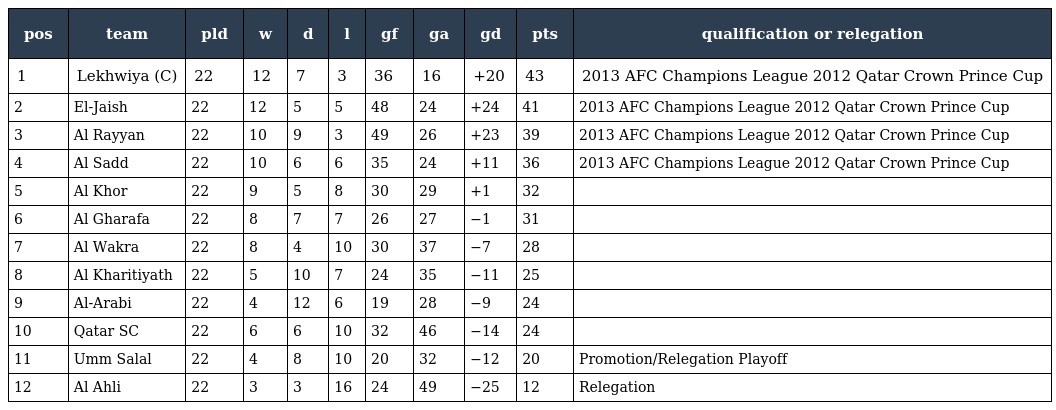
| pos | team | pld | w | d | l | gf | ga | gd | pts | qualification or relegation |
 | --- | --- | --- | --- | --- | --- | --- | --- | --- | --- | --- |
 | 1 | Lekhwiya (C) | 22 | 12 | 7 | 3 | 36 | 16 | +20 | 43 | 2013 AFC Champions League 2012 Qatar Crown Prince Cup |
 | 2 | El-Jaish | 22 | 12 | 5 | 5 | 48 | 24 | +24 | 41 | 2013 AFC Champions League 2012 Qatar Crown Prince Cup |
 | 3 | Al Rayyan | 22 | 10 | 9 | 3 | 49 | 26 | +23 | 39 | 2013 AFC Champions League 2012 Qatar Crown Prince Cup |
 | 4 | Al Sadd | 22 | 10 | 6 | 6 | 35 | 24 | +11 | 36 | 2013 AFC Champions League 2012 Qatar Crown Prince Cup |
 | 5 | Al Khor | 22 | 9 | 5 | 8 | 30 | 29 | +1 | 32 |  |
 | 6 | Al Gharafa | 22 | 8 | 7 | 7 | 26 | 27 | −1 | 31 |  |
 | 7 | Al Wakra | 22 | 8 | 4 | 10 | 30 | 37 | −7 | 28 |  |
 | 8 | Al Kharitiyath | 22 | 5 | 10 | 7 | 24 | 35 | −11 | 25 |  |
 | 9 | Al-Arabi | 22 | 4 | 12 | 6 | 19 | 28 | −9 | 24 |  |
 | 10 | Qatar SC | 22 | 6 | 6 | 10 | 32 | 46 | −14 | 24 |  |
 | 11 | Umm Salal | 22 | 4 | 8 | 10 | 20 | 32 | −12 | 20 | Promotion/Relegation Playoff |
 | 12 | Al Ahli | 22 | 3 | 3 | 16 | 24 | 49 | −25 | 12 | Relegation |